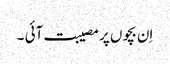
اِن بچوں پر مصیبت آئی ۔